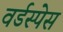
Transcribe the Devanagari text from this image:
वर्डस्पेस